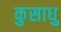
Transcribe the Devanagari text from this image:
कुसाधु